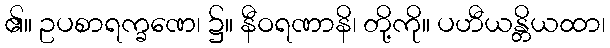
၏။ ဥပစာရက္ခဏေ၊ ၌။ နီဝရဏာနိ၊ တို့ကို။ ပဟီယန္တိယထာ၊